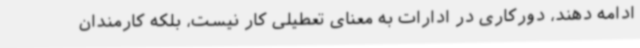
ادامه دهند، دورکاری در ادارات به معنای تعطیلی کار نیست، بلکه کارمندان